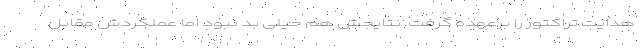
هدایت تراکتور را برعهده گرفت. نتایجش هم خیلی بد نبود اما عملکردش مقابل